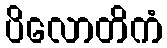
ပိလောတိကံ